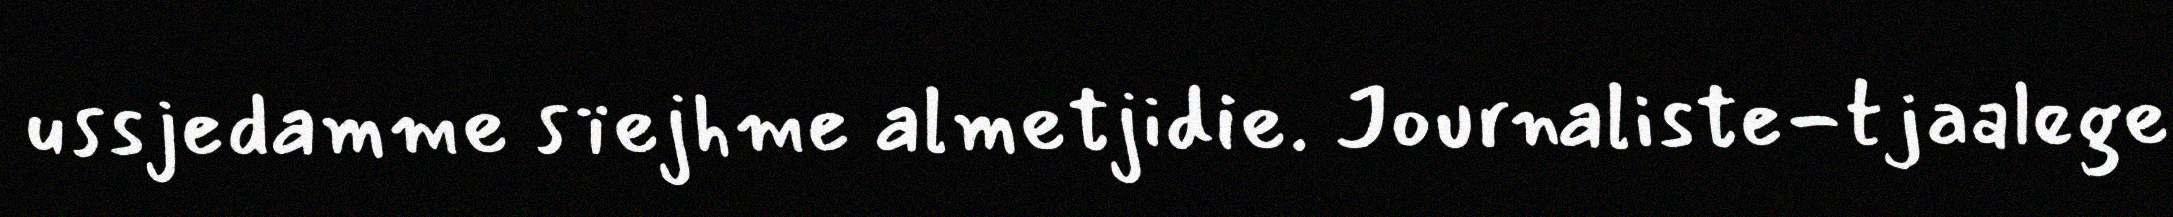
ussjedamme sïejhme almetjidie. Journaliste-tjaalege